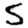
Digit: 5